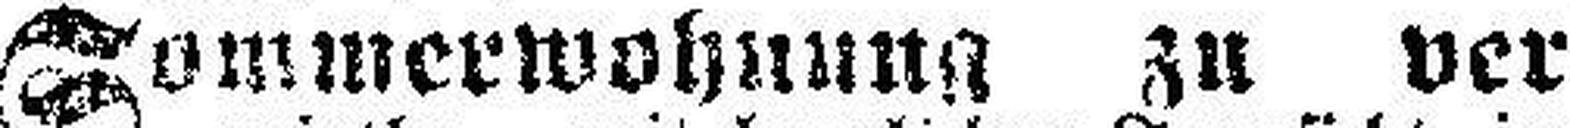
Sommerwohnung zu ver